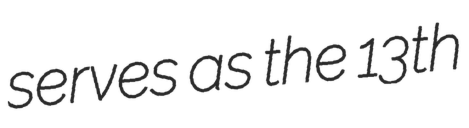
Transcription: serves as the 13th